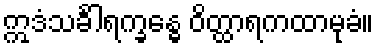
ဣဒံသင်္ခါရက္ခန္ဓေ ဝိတ္ထာရကထာမုခံ။